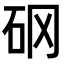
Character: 𥐻